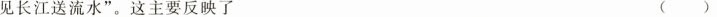
见长江送流水”。这主要反映了 ()